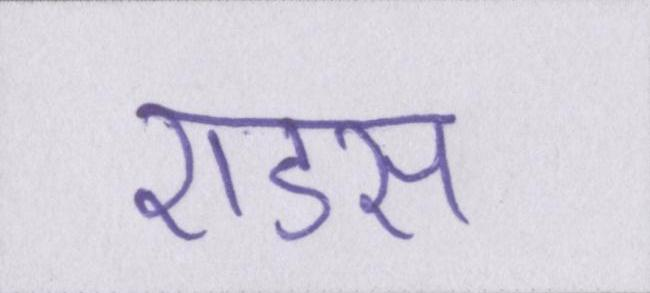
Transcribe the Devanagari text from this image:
एडस